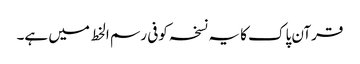
قرآن پاک کا یہ نسخہ کوفی رسم الخط میں ہے۔